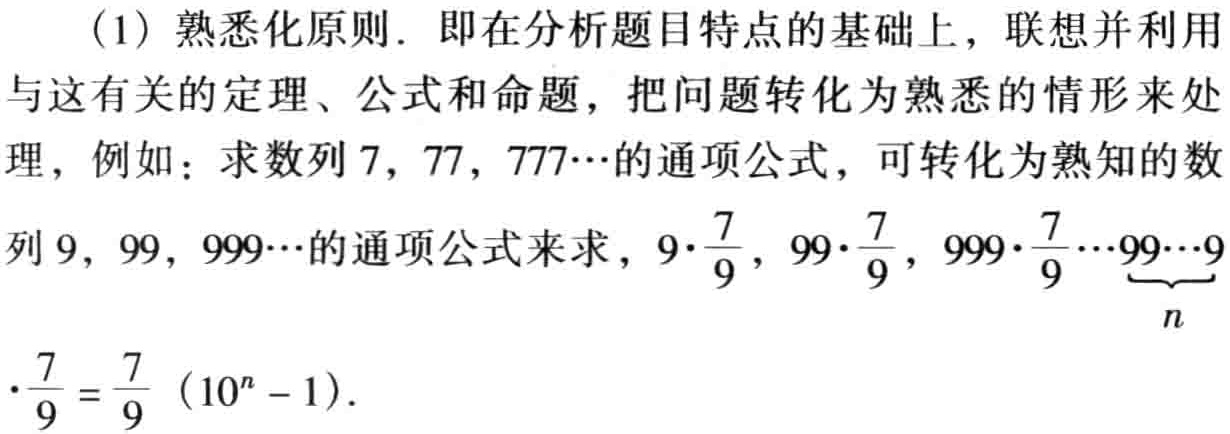
（1）熟悉化原则．即在分析题目特点的基础上，联想并利用与这有关的定理、公式和命题，把问题转化为熟悉的情形来处理，例如：求数列\(7, 77, 777\cdots\)的通项公式，可转化为熟知的数列\(9, 99, 999\cdots\)的通项公式来求，\(9\cdot\frac{7}{9}, 99\cdot\frac{7}{9}, 999\cdot\frac{7}{9}\cdots\underbrace{99\cdots9}_{n}\cdot\frac{7}{9} = \frac{7}{9} (10^{n} - 1)\)．